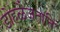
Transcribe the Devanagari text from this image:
डोहळैजताति